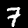
Digit: 7